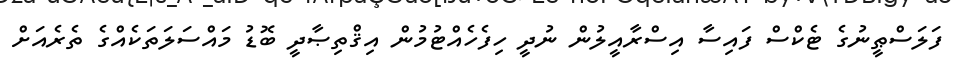
ފަލަސްޠީނުގެ ޓެކްސް ފައިސާ އިސްރާއީލުން ނުދީ ހިފެހެއްޓުމުން އިޤްތިޞާދީ ބޮޑު މައްސަލަތަކެއްގެ ތެރެއަށް